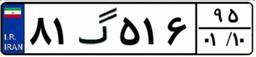
۸۱گ۵۱۶۹۵